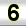
Digit: 6